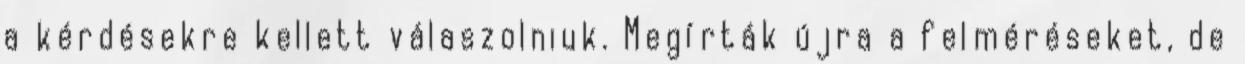
a kérdésekre kellett válaszolniuk. Megírták újra a felméréseket, de